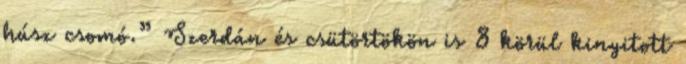
húsz csomó.” Szerdán és csütörtökön is 8 körül kinyitott